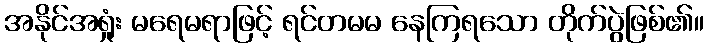
အနိုင်အရှုံး မရေမရာဖြင့် ရင်တမမ နေကြရသော တိုက်ပွဲဖြစ်၏။